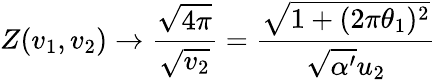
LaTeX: Z(v_{1},v_{2})\rightarrow\frac{\sqrt{4\pi}}{\sqrt{v_{2}}}=\frac{\sqrt{1+(2\pi\theta_{1})^{2}}}{\sqrt{\alpha^{\prime}}u_{2}}